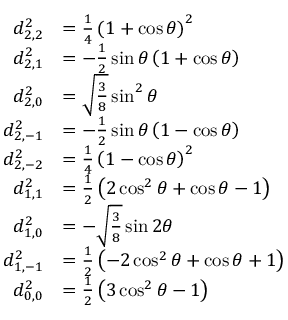
{ \begin{array} { r l } { d _ { 2 , 2 } ^ { 2 } } & { = { \frac { 1 } { 4 } } \left( 1 + \cos \theta \right) ^ { 2 } } \\ { d _ { 2 , 1 } ^ { 2 } } & { = - { \frac { 1 } { 2 } } \sin \theta \left( 1 + \cos \theta \right) } \\ { d _ { 2 , 0 } ^ { 2 } } & { = { \sqrt { \frac { 3 } { 8 } } } \sin ^ { 2 } \theta } \\ { d _ { 2 , - 1 } ^ { 2 } } & { = - { \frac { 1 } { 2 } } \sin \theta \left( 1 - \cos \theta \right) } \\ { d _ { 2 , - 2 } ^ { 2 } } & { = { \frac { 1 } { 4 } } \left( 1 - \cos \theta \right) ^ { 2 } } \\ { d _ { 1 , 1 } ^ { 2 } } & { = { \frac { 1 } { 2 } } \left( 2 \cos ^ { 2 } \theta + \cos \theta - 1 \right) } \\ { d _ { 1 , 0 } ^ { 2 } } & { = - { \sqrt { \frac { 3 } { 8 } } } \sin 2 \theta } \\ { d _ { 1 , - 1 } ^ { 2 } } & { = { \frac { 1 } { 2 } } \left( - 2 \cos ^ { 2 } \theta + \cos \theta + 1 \right) } \\ { d _ { 0 , 0 } ^ { 2 } } & { = { \frac { 1 } { 2 } } \left( 3 \cos ^ { 2 } \theta - 1 \right) } \end{array} }